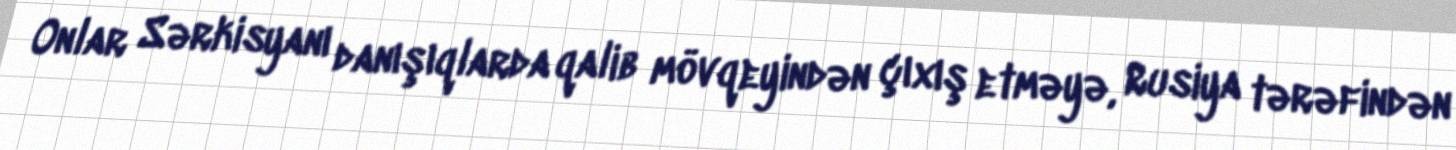
Onlar Sərkisyanı danışıqlarda qalib mövqeyindən çıxış etməyə, Rusiya tərəfindən